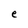
Character: e